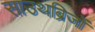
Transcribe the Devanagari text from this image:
साउथब्रिजों